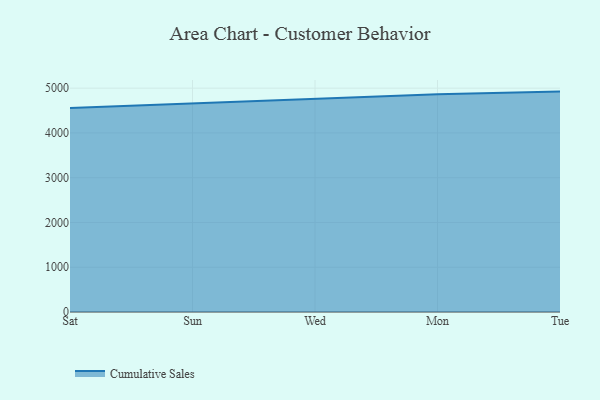
{"axis": {"x": "Day", "y": "Budget (USD K)"}, "legend": ["Cumulative Sales"], "data": [{"x": "Sat", "y": 4556.7, "type": "Cumulative Sales"}, {"x": "Sun", "y": 4662.0, "type": "Cumulative Sales"}, {"x": "Wed", "y": 4765.0, "type": "Cumulative Sales"}, {"x": "Mon", "y": 4864.3, "type": "Cumulative Sales"}, {"x": "Tue", "y": 4922.9, "type": "Cumulative Sales"}]}